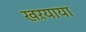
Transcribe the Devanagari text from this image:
खऱयाया